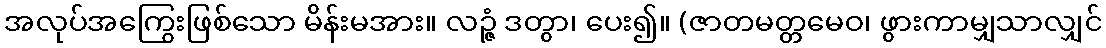
အလုပ်အကြွေးဖြစ်သော မိန်းမအား။ လဉ္ဇံ ဒတွာ၊ ပေး၍။ (ဇာတမတ္တမေဝ၊ ဖွားကာမျှသာလျှင်